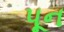
પૂન